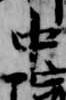
中